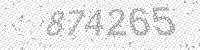
Solution: 874265